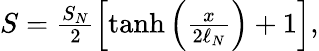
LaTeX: \begin{array}{r}{S=\frac{S_{N}}{2}\left[\operatorname{tanh}\left(\frac{x}{2\ell_{N}}\right)+1\right],}\end{array}